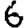
Digit: 6